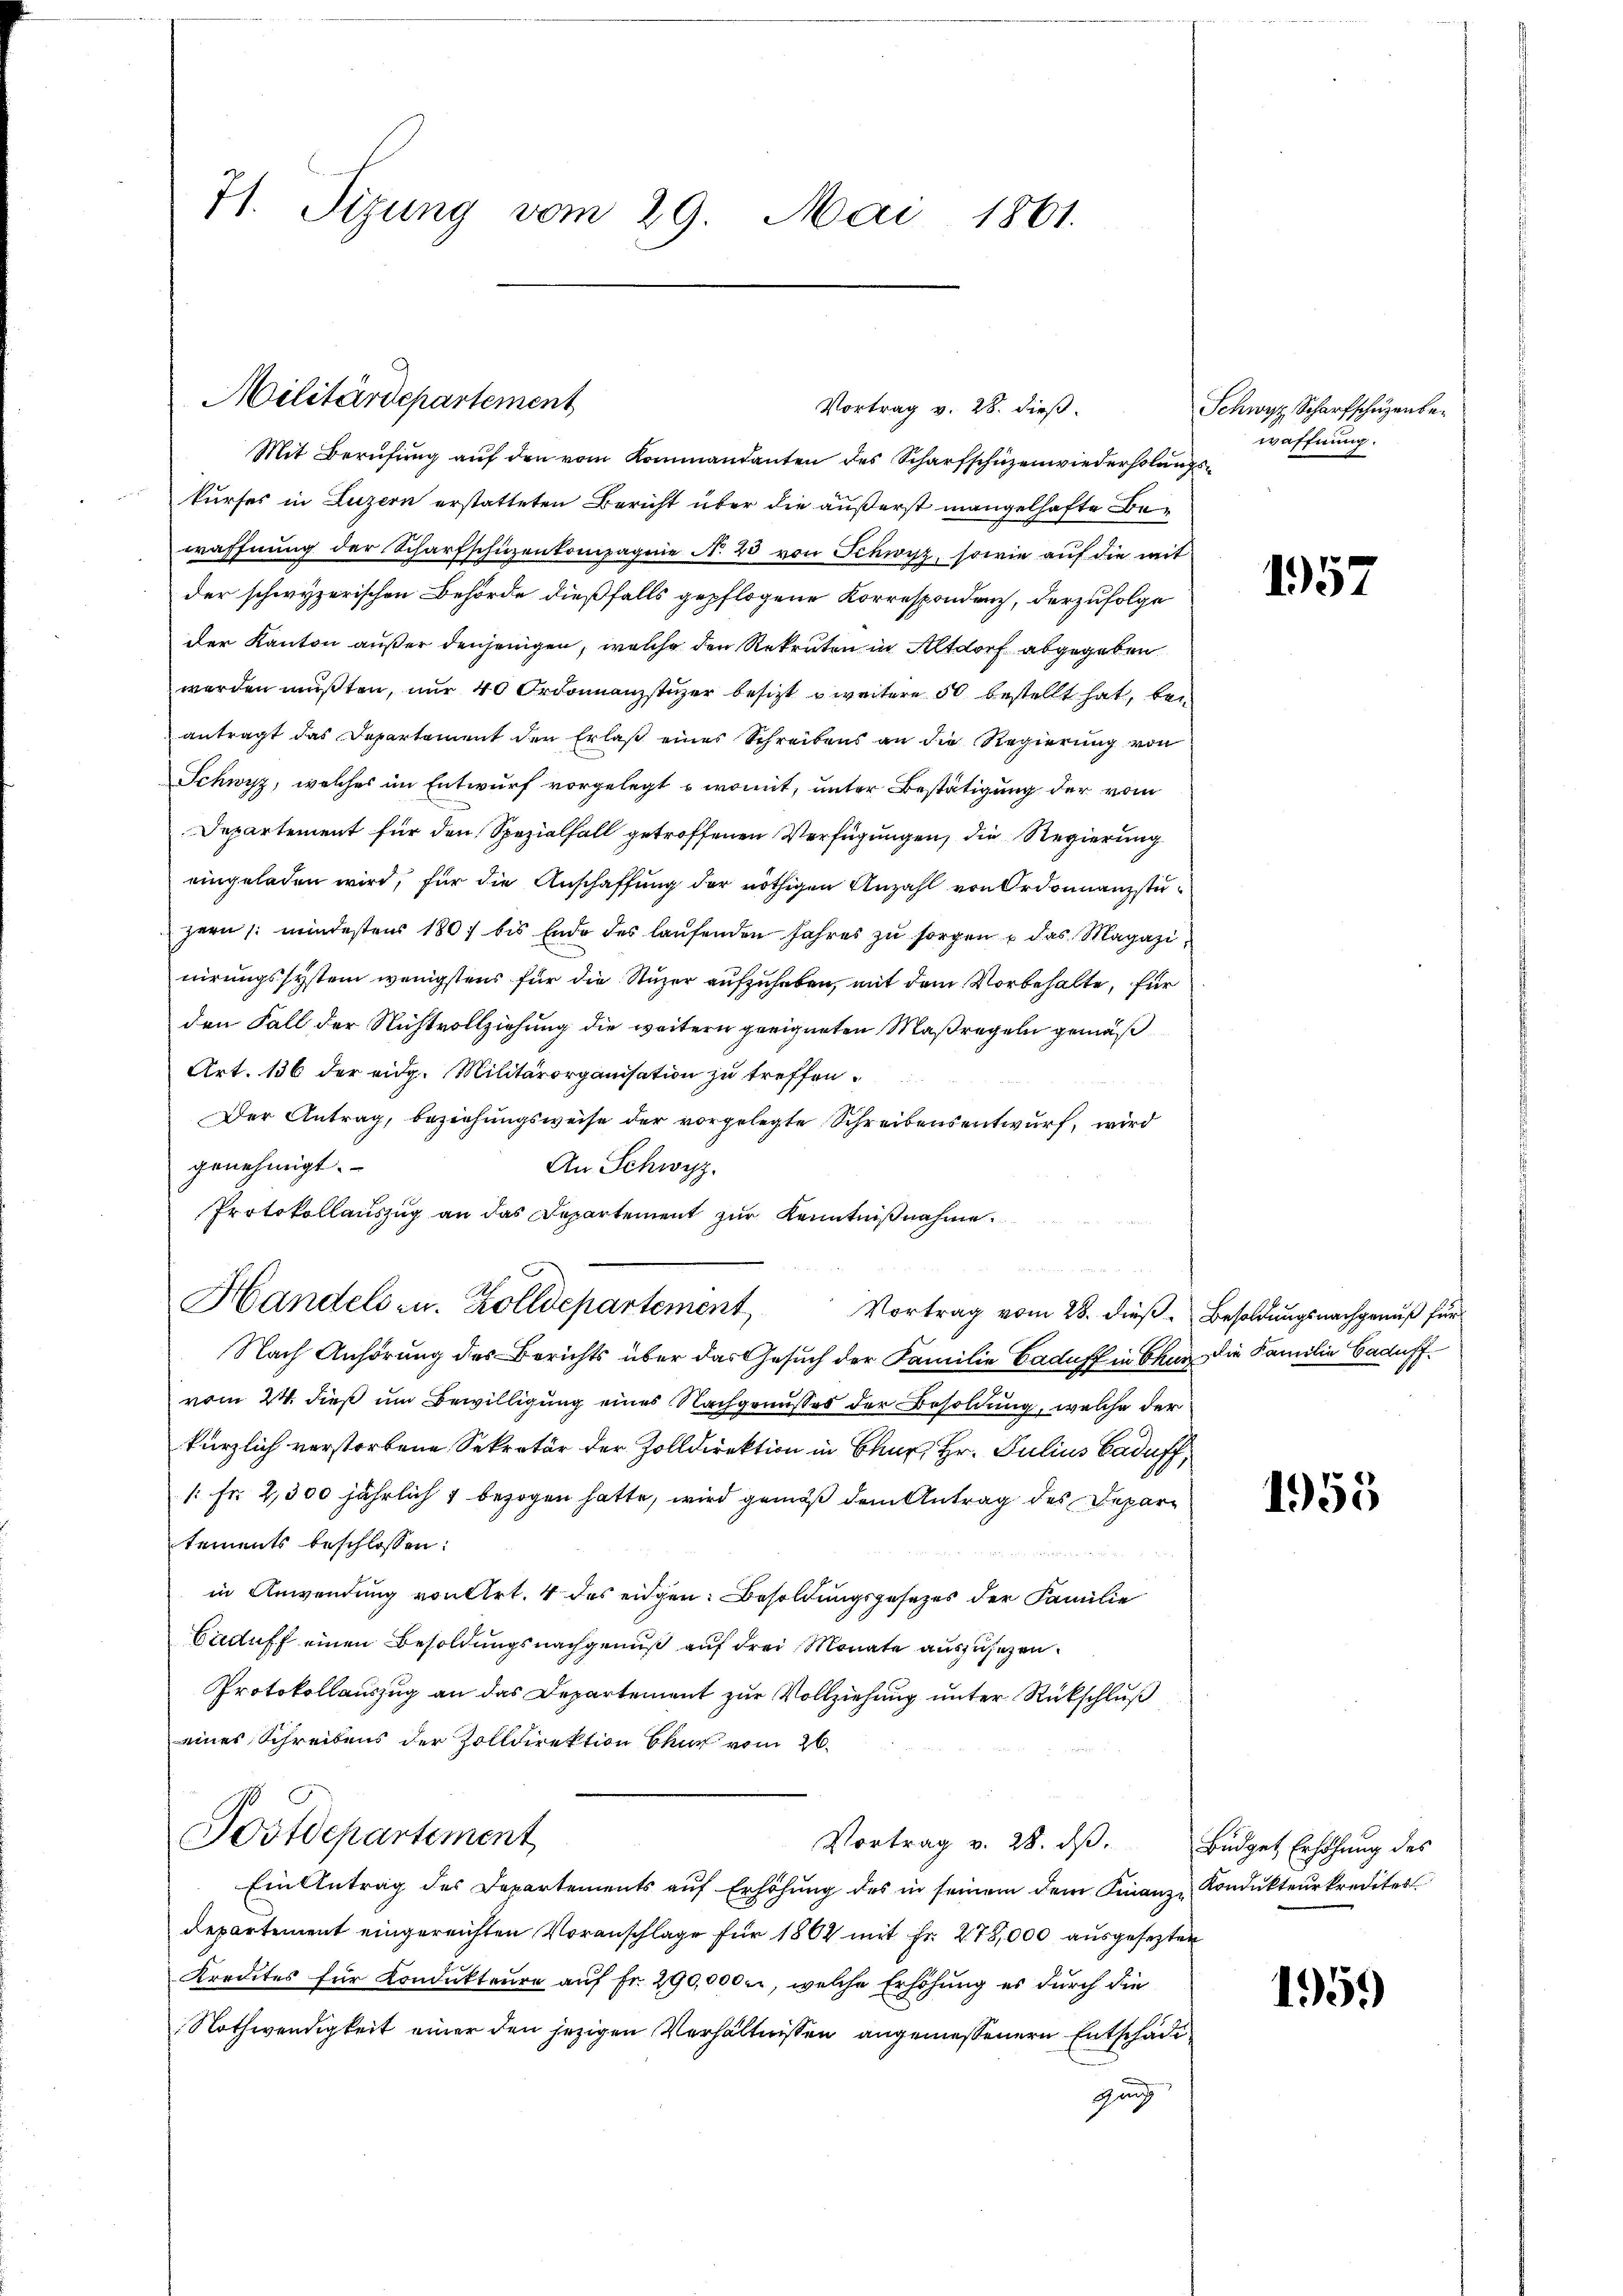
71. Sizung vom 29. Mai 1861.

Militärdepartement

Mit Berufung auf den vom Kommandanten des Scharfschüzenwiederholungskurses in Luzern erstatteten Bericht über die äußerst mangelhafte Bewaffnung der Scharfschüzenkompagnie N. 25 von Schwyz, sowie auf die mit
der schwyzerischen Behörde dießfalls gepflogene Korrespondenz, derzufolge
der Kanton außer denjenigen, welche den Rekruten in Altdorf abgegeben.
worden mußten, nur 40 Ordonnanzstüzer besitzt zweitere 50 bestellt hat, bei
antragt das Departement den Erlaß eines Schreibens an die Regierung von
Schwyz, welches im Entwurf vorgelegt u womit, unter Bestätigung der vom
Departement für den Spezialfall getroffenen Verfügungen, die Regierung
eingeladen wird, für die Anschaffung der nöthigen Anzahl von Ordonnanzstuzern /: mindestens 1807 bis Ende des laŭfenden Jahres zŭ sorgen u das Magazinirungssystem wenigstens für die Stuzer aufzuhaben, mit dem Vorbehalte, für
den Fall der Nichtvollziehung die weitern geeigneten Maßregeln gemäß
Art. 136 der eidg. Militärorganisation zu treffen.
Der Antrag, beziehungsweise der vorgelegte Schreibensentwurf, wird
genehmigt.
An Schwyz.
Protokollauszug an das Departement zur Kenntnißnahme
Handels- u. Zolldepartement
Nach Anhörung des Berichts über das Gesuch der Familie Caduff in Chan die Familie Caduff.
vom 24. dieß um Bewilligung eines Nachgenusses der Besoldung, welche der
kürzlich verstorbene Sekretär der Zolldirektion in Chur, Hr. Julius Caduff,
/: Fr. 2,300 jährlich 1 bezogen hatte, wird gemäß dem Antrag des Departements beschlossen:
 . . . 189
in Anwendung von Art. 4 des eidgen. Besoldungsgesetzes der Familie
Caduff einen Besoldungsnachgenuß auf drei Monate auszusehen.
Protokollauszug an das Departement zur Vollziehung unter Rückschluß
eines Schreibens der Zolldirektion Chur vom 26.
Postdepartement
Vortrag v. 28. dβ. Büdget Erhöhung des
Ein Antrag des Departements auf Erhöhung des in seinem dem Finanz-Kondukteurkredites
Departement eingereichten Voranschlage für 1864 mit Fr. 278,000 ausgesetzter
Kredites für Kondukteure auf Fr. 290,000, welche Erhöhung es durch die
Nothwendigkeit einer den jezigen Verhältnissen angemessenern Entschädi
gung

Vortrag v. 28. dieß.

Vortrag vom 28. dieß Besoldungsnachgenuß für

Schwyz, Scharfschüzenbewaffnung.

1957

1955

1959